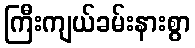
ကြီးကျယ်ခမ်းနားစွာ